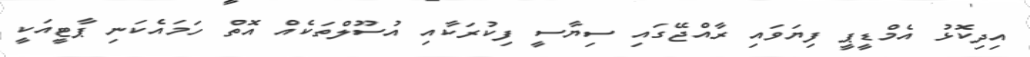
އިދިކޮޅު އެމްޑީޕީ ފިޔަވައި ރާއްޖޭގައި ސިޔާސީ ފިކުރަކާއި އުސޫލްތަކެއް އޮތް ހަމައެކަނި ޕާޓީއަކީ